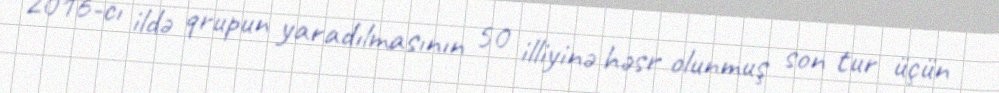
2016-cı ildə qrupun yaradılmasının 50 illiyinə həsr olunmuş son tur üçün